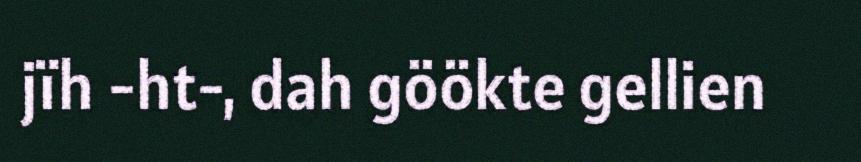
jïh -ht-, dah göökte gellien